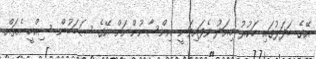
އޭގެ ބަދަލުގައި ހަކުރު މިއަދު ވެފައިވަނީ އިންސާނުންނަށް އޭގެ ސަބަބުން ސިއްހީ އެތައް